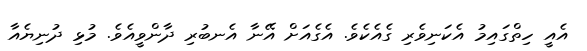
އެއީ ހިތްގައިމު އެކަނިވެރި ގެއެކެވެ. އެގެއަށް އޭނާ އެނބުރި ދާންވީއެވެ. މުޅި ދުނިޔެއާ